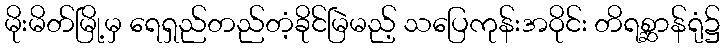
မိုးမိတ်မြို့မှ ရေရှည်တည်တံ့ခိုင်မြဲမည့် သပြေကုန်းအဝိုင်း တိရစ္ဆာန်ရုံ၌